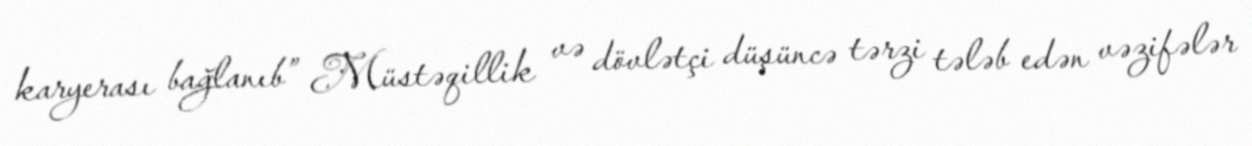
karyerası bağlanıb” Müstəqillik və dövlətçi düşüncə tərzi tələb edən vəzifələr